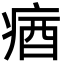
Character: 㾞